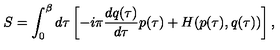
S = \int _ { 0 } ^ { \beta } d \tau \left[ - i \pi \frac { d q ( \tau ) } { d \tau } p ( \tau ) + H ( p ( \tau ) , q ( \tau ) ) \right] ,